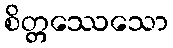
စိတ္တဿေသော